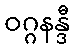
ဝဂ္ဂနန္ဒီ